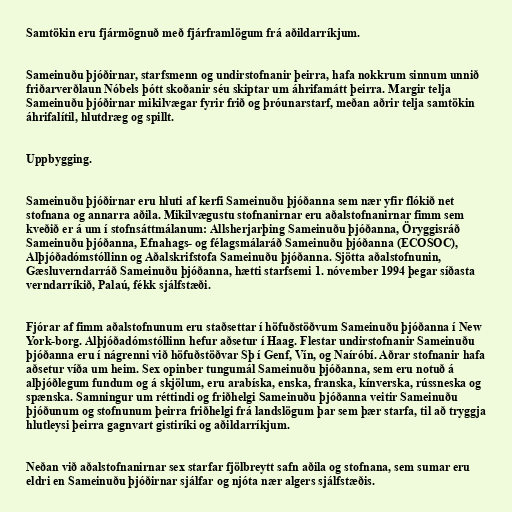
Samtökin eru fjármögnuð með fjárframlögum frá aðildarríkjum.

Sameinuðu þjóðirnar, starfsmenn og undirstofnanir þeirra, hafa nokkrum sinnum unnið
friðarverðlaun Nóbels þótt skoðanir séu skiptar um áhrifamátt þeirra. Margir telja
Sameinuðu þjóðirnar mikilvægar fyrir frið og þróunarstarf, meðan aðrir telja samtökin
áhrifalítil, hlutdræg og spillt.

Uppbygging.

Sameinuðu þjóðirnar eru hluti af kerfi Sameinuðu þjóðanna sem nær yfir flókið net
stofnana og annarra aðila. Mikilvægustu stofnanirnar eru aðalstofnanirnar fimm sem
kveðið er á um í stofnsáttmálanum: Allsherjarþing Sameinuðu þjóðanna, Öryggisráð
Sameinuðu þjóðanna, Efnahags- og félagsmálaráð Sameinuðu þjóðanna (ECOSOC),
Alþjóðadómstóllinn og Aðalskrifstofa Sameinuðu þjóðanna. Sjötta aðalstofnunin,
Gæsluverndarráð Sameinuðu þjóðanna, hætti starfsemi 1. nóvember 1994 þegar síðasta
verndarríkið, Palaú, fékk sjálfstæði.

Fjórar af fimm aðalstofnunum eru staðsettar í höfuðstöðvum Sameinuðu þjóðanna í New
York-borg. Alþjóðadómstóllinn hefur aðsetur í Haag. Flestar undirstofnanir Sameinuðu
þjóðanna eru í nágrenni við höfuðstöðvar Sþ í Genf, Vín, og Naíróbí. Aðrar stofnanir hafa
aðsetur víða um heim. Sex opinber tungumál Sameinuðu þjóðanna, sem eru notuð á
alþjóðlegum fundum og á skjölum, eru arabíska, enska, franska, kínverska, rússneska og
spænska. Samningur um réttindi og friðhelgi Sameinuðu þjóðanna veitir Sameinuðu
þjóðunum og stofnunum þeirra friðhelgi frá landslögum þar sem þær starfa, til að tryggja
hlutleysi þeirra gagnvart gistiríki og aðildarríkjum.

Neðan við aðalstofnanirnar sex starfar fjölbreytt safn aðila og stofnana, sem sumar eru
eldri en Sameinuðu þjóðirnar sjálfar og njóta nær algers sjálfstæðis.